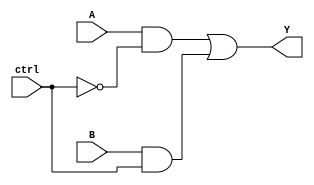
module xor_gate_using_transmission_gates(input A, input B, input ctrl, output Y);
  assign Y = (A & ~ctrl) | (B & ctrl);
endmodule